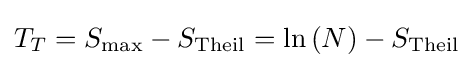
T_{T}=S_{\text{max}}-S_{\text{Theil}}=\ln \left({N}\right)-S_{\text{Theil}}